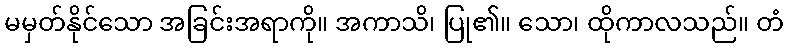
မမှတ်နိုင်သော အခြင်းအရာကို။ အကာသိ၊ ပြု၏။ သော၊ ထိုကာလသည်။ တံ